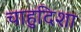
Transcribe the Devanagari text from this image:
चाहुदिशा